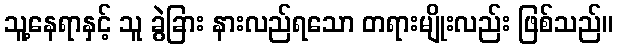
သူ့နေရာနှင့် သူ ခွဲခြား နားလည်ရသော တရားမျိုးလည်း ဖြစ်သည်။